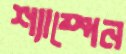
শ্যাম্পেন